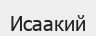
Исаакий